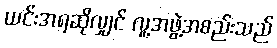
ယင်းအရဆိုလျှင် လူ့အဖွဲ့အစည်းသည်